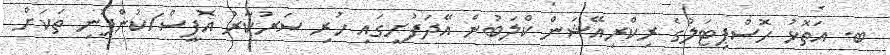
ބ. އަތޮޅު ހޮސްޕިޓަލުގެ ރިކްރިއޭޝަން ކްލަބުން އޭދަފުށީގައި ހުރި ސަރުކާރު އޮފީސް/ކުންފުނި ތަކަށް